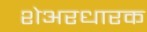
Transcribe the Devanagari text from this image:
शेअरधारक